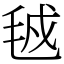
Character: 㲓